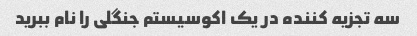
سه تجزیه کننده در یک اکوسیستم جنگلی را نام ببرید